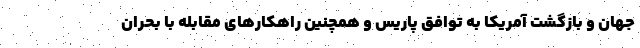
جهان و بازگشت آمریکا به توافق پاریس و همچنین راهکارهای مقابله با بحران